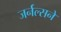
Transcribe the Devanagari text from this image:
जर्नल्सने